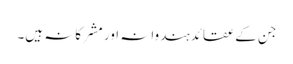
جن کےعقائدہندوانہ اور مشرکانہ ہیں۔